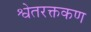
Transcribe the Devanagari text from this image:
श्वेतरक्तकण